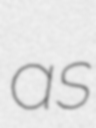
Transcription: as